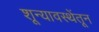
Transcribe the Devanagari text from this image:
शून्यावस्थेंतून